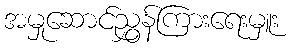
အမှုဆောင်ညွှန်ကြားရေးမှူး